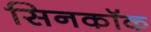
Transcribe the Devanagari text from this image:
सिनकॉक